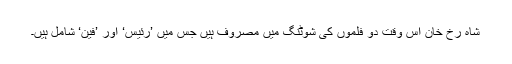
شاہ رخ خان اس وقت دو فلموں کی شوٹنگ میں مصروف ہیں جس میں ’رئیس‘ اور ’فین‘ شامل ہیں۔